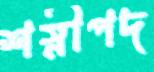
শস্নীপদ